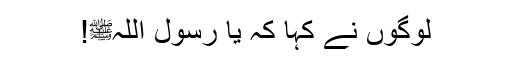
لوگوں نے کہا کہ یا رسول اللہﷺ!